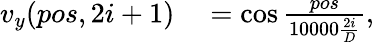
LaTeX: \begin{array}{rl}{v_{y}(pos,2i+1)}&{{}=\cos\frac{pos}{10000\frac{2i}{D}},}\end{array}